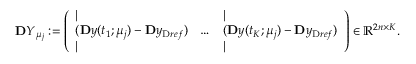
\ensuremath { \mathbf Ḋ Y Ḍ } _ { \ensuremath Ḋ \boldsymbol Ḋ \mu Ḍ Ḍ _ { j } } : = \left( \begin{array} { l l l } { | } & & { | } \\ { ( \ensuremath { \mathbf Ḋ y Ḍ } ( t _ { 1 } ; \ensuremath { \boldsymbol Ḋ \mu Ḍ } _ { j } ) - \ensuremath { \mathbf Ḋ y Ḍ } _ { \mathrm { Ḋ } r e f Ḍ } ) } & { \dots } & { ( \ensuremath { \mathbf Ḋ y Ḍ } ( t _ { K } ; \ensuremath { \boldsymbol Ḋ \mu Ḍ } _ { j } ) - \ensuremath { \mathbf Ḋ y Ḍ } _ { \mathrm { Ḋ } r e f Ḍ } ) } \\ { | } & & { | } \end{array} \right) \in \mathbb { R } ^ { 2 n \times K } .